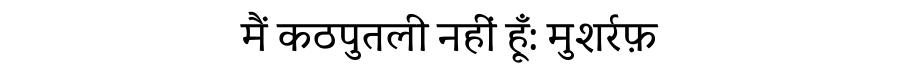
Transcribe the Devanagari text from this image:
मैं कठपुतली नहीं हूँ: मुशर्रफ़